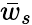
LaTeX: \bar{w}_{s}